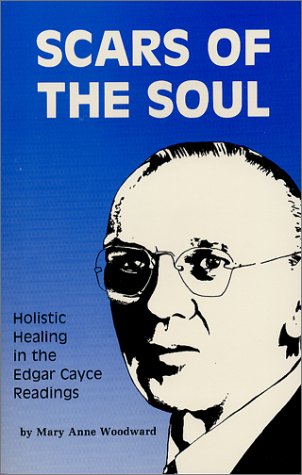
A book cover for Scars of the Soul: Holistic Healing in the Edgar Cayce Readings; Mary Anne Woodward; Religion & Spirituality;